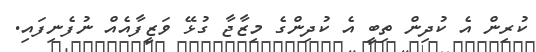
ކުރިން އެ ކުދިން ތިބީ އެ ކުދިންގެ މިޒާޖާ ގުޅޭ ވަޒީފާއެއް ނުފެނިފައި.